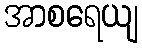
အာစရေယျ